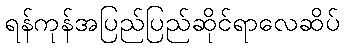
ရန်ကုန်အပြည်ပြည်ဆိုင်ရာလေဆိပ်